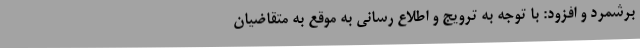
برشمرد و افزود: با توجه به ترویج و اطلاع رسانی به موقع به متقاضیان